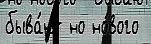
быва́ют но но́вого